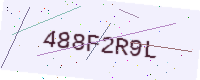
Text: 488F2R9L